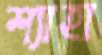
শ্যাহা